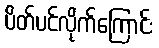
ပိတ်ပင်လိုက်ကြောင်း